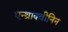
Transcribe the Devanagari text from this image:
एन्थ्राक्वीनिन